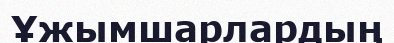
Ұжымшарлардың